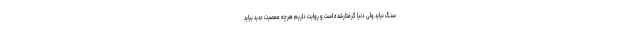
سنگ نیاید ولی دنیا گرفتارشده است و روایت داریم هرچه معصیت جدید بیاید